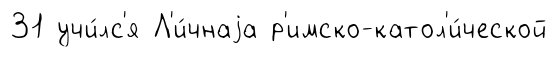
31 учи́лс'я Л'и́чнаjа р'имско-катол'и́ческой